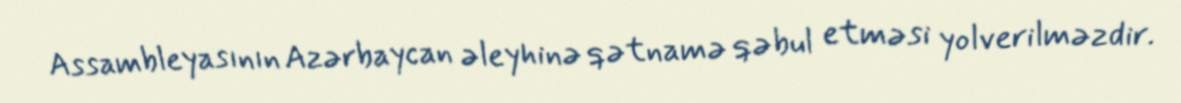
Assambleyasının Azərbaycan əleyhinə qətnamə qəbul etməsi yolverilməzdir.